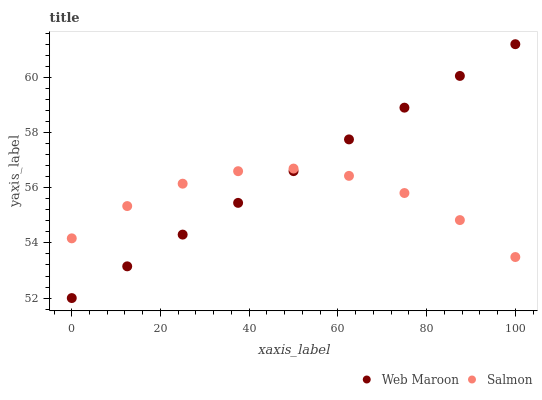
| xaxis_label | Web Maroon | Salmon |
 | --- | --- | --- |
 | 0 | 52 | 54.2 |
 | 12.5 | 53.2 | 55.3 |
 | 25 | 54.3 | 56.1 |
 | 37.5 | 55.5 | 56.6 |
 | 50 | 56.6 | 56.7 |
 | 62.5 | 57.8 | 56.4 |
 | 75 | 58.9 | 55.8 |
 | 87.5 | 60.1 | 54.8 |
 | 100 | 61.2 | 53.5 |